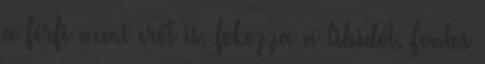
a férfi nemi erőt is, fokozza a libidót. Fontos